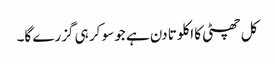
کل چھٹی کا اکلوتا دن ہے جو سو کر ہی گزرے گا۔